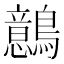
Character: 鷾